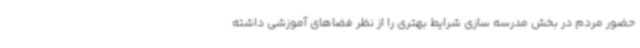
حضور مردم در بخش مدرسه سازی شرایط بهتری را از نظر فضاهای آموزشی داشته